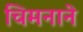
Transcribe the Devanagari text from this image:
चिमनाने